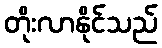
တိုးလာနိုင်သည်